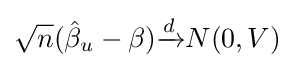
{\sqrt {n}}({\hat {\beta }}_{u}-\beta ){\xrightarrow {d}}N(0,V)